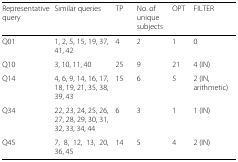
| Representative query | Similar queries | TP | No. of unique subjects | OPT | FILTER |
 | --- | --- | --- | --- | --- | --- |
 | Q01 | 1, 2, 5, 15, 19, 37, 41, 42 | 4 | 2 | 1 | 0 |
 | Q10 | 3, 10, 11, 40 | 25 | 9 | 21 | 4 (IN) |
 | Q14 | 4, 6, 9, 14, 16, 17, 18, 19, 21, 35, 38, 39, 43 | 15 | 6 | 5 | 2 (IN, arithmetic) |
 | Q34 | 22, 23, 24, 25, 26, 27, 28, 29, 30, 31, 32, 33, 34, 44 | 6 | 3 | 1 | 1 (IN) |
 | Q45 | 7, 8, 12, 13, 20, 36, 45 | 14 | 5 | 4 | 2 (IN) |